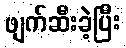
ဖျက်ဆီးခဲ့ပြီး